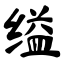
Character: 缢